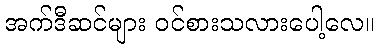
အက်ဒီဆင်များ ဝင်စားသလားပေါ့လေ။